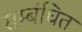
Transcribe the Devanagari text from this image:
सम्बंघित